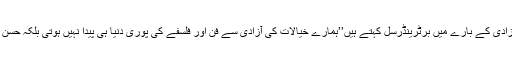
افکار و خیالات کی اِس آزادی کے بارے میں برٹرینڈرسل کہتے ہیں’’ہمارے خیالات کی آزادی سے فن اور فلسفے کی پوری دنیا ہی پیدا نہیں ہوتی بلکہ حُسن کا وژن بھی جنم لیتا ہے۔